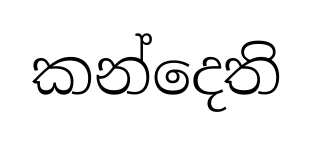
කන්දෙති